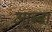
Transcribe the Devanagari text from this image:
आब्बा